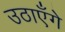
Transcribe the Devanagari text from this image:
उठाएँगे